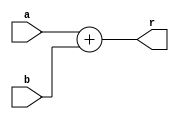
`timescale 1ns / 1ps
module adder(
    input [31:0] a, 
    input [31:0] b,
    output [31:0] r
    );
    assign r = a+b;
 endmodule